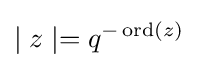
\mid z\mid =q^{-\operatorname {ord} (z)}